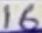
Text: 16